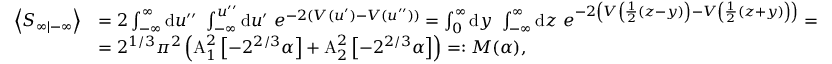
\begin{array} { r l } { \left\langle S _ { \infty | - \infty } \right\rangle } & { = 2 \int _ { - \infty } ^ { \infty } \mathrm { d } u ^ { \prime \prime } \ \int _ { - \infty } ^ { u ^ { \prime \prime } } \mathrm { d } u ^ { \prime } \ e ^ { - 2 ( V ( u ^ { \prime } ) - V ( u ^ { \prime \prime } ) ) } = \int _ { 0 } ^ { \infty } \mathrm { d } y \ \int _ { - \infty } ^ { \infty } \mathrm { d } z \ e ^ { - 2 \left( V \left( \frac { 1 } { 2 } \left( z - y \right) \right) - V \left( \frac { 1 } { 2 } \left( z + y \right) \right) \right) } = } \\ & { = 2 ^ { 1 / 3 } \pi ^ { 2 } \left( \mathrm { A } _ { 1 } ^ { 2 } \left[ - 2 ^ { 2 / 3 } \alpha \right] + \mathrm { A } _ { 2 } ^ { 2 } \left[ - 2 ^ { 2 / 3 } \alpha \right] \right) = : M ( \alpha ) , } \end{array}